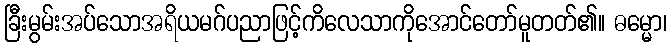
ခြီးမွမ်းအပ်သောအရိယမဂ်ပညာဖြင့်ကိလေသာကိုအောင်တော်မူတတ်၏။ ဓမ္မော၊